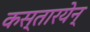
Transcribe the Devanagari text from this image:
कस्तारयेन्